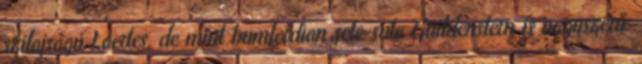
szilajságú Laertes, de mint bumfordian sete-suta Guildenstern is nagyszerű.